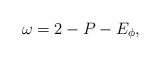
LaTeX: \begin{align*}\omega = 2 - P - E_\phi,\end{align*}